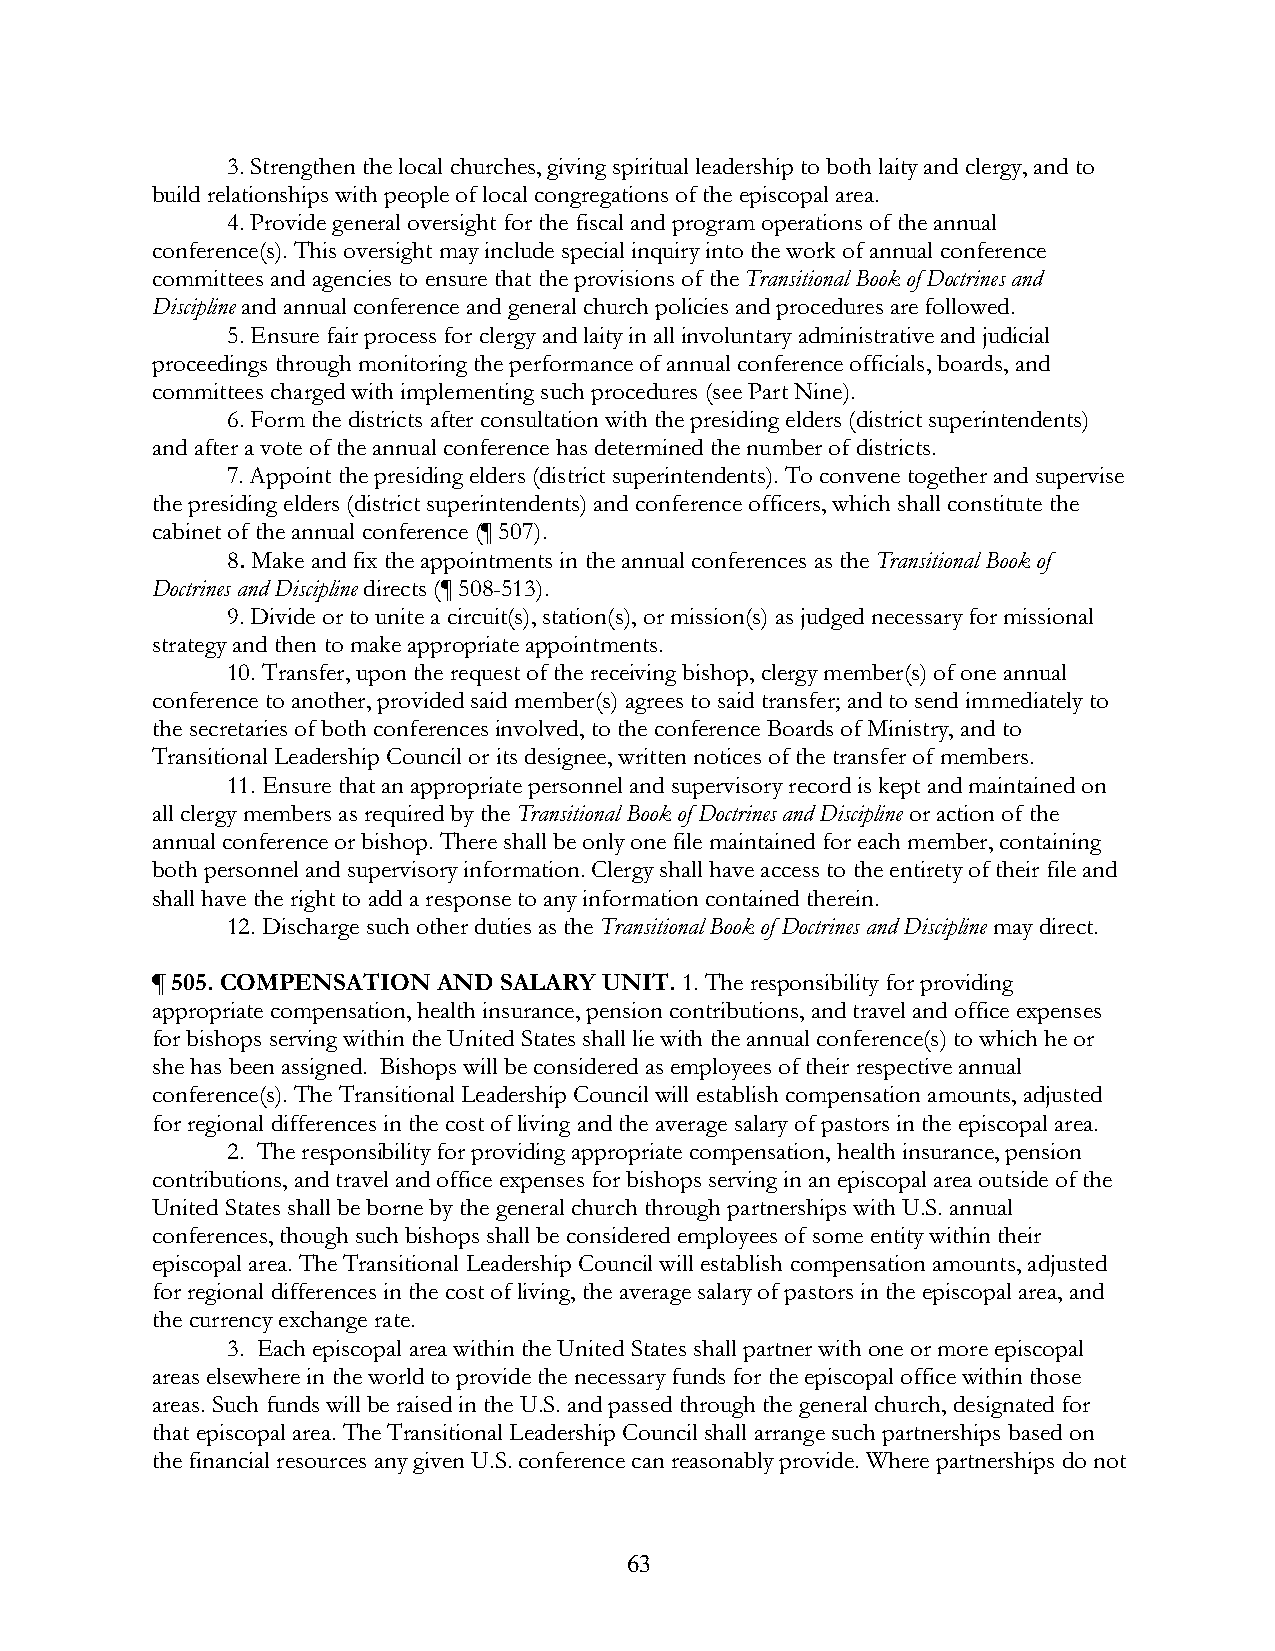
3. Strengthen the local churches, giving spiritual leadership to both laity and clergy, and to
 build relationships with people of local congregations of the episcopal area.
 4. Provide general oversight for the fiscal and program operations of the annual
 conference(s). This oversight may include special inquiry into the work of annual conference
 committees and agencies to ensure that the provisions of the Transitional Book of Doctrines and
 Discipline and annual conference and general church policies and procedures are followed.
 5. Ensure fair process for clergy and laity in all involuntary administrative and judicial
 proceedings through monitoring the performance of annual conference officials, boards, and
 committees charged with implementing such procedures (see Part Nine).
 6. Form the districts after consultation with the presiding elders (district superintendents)
 and after a vote of the annual conference has determined the number of districts.
 7. Appoint the presiding elders (district superintendents). To convene together and supervise
 the presiding elders (district superintendents) and conference officers, which shall constitute the
 cabinet of the annual conference (¶ 507).
 8. Make and fix the appointments in the annual conferences as the Transitional Book of
 Doctrines and Discipline directs (¶ 508-513).
 9. Divide or to unite a circuit(s), station(s), or mission(s) as judged necessary for missional
 strategy and then to make appropriate appointments.
 10. Transfer, upon the request of the receiving bishop, clergy member(s) of one annual
 conference to another, provided said member(s) agrees to said transfer; and to send immediately to
 the secretaries of both conferences involved, to the conference Boards of Ministry, and to
 Transitional Leadership Council or its designee, written notices of the transfer of members.
 11. Ensure that an appropriate personnel and supervisory record is kept and maintained on
 all clergy members as required by the Transitional Book of Doctrines and Discipline or action of the
 annual conference or bishop. There shall be only one file maintained for each member, containing
 both personnel and supervisory information. Clergy shall have access to the entirety of their file and
 shall have the right to add a response to any information contained therein.
 12. Discharge such other duties as the Transitional Book of Doctrines and Discipline may direct.
 ¶ 505. COMPENSATION AND SALARY UNIT. 1. The responsibility for providing
 appropriate compensation, health insurance, pension contributions, and travel and office expenses
 for bishops serving within the United States shall lie with the annual conference(s) to which he or
 she has been assigned. Bishops will be considered as employees of their respective annual
 conference(s). The Transitional Leadership Council will establish compensation amounts, adjusted
 for regional differences in the cost of living and the average salary of pastors in the episcopal area.
 2. The responsibility for providing appropriate compensation, health insurance, pension
 contributions, and travel and office expenses for bishops serving in an episcopal area outside of the
 United States shall be borne by the general church through partnerships with U.S. annual
 conferences, though such bishops shall be considered employees of some entity within their
 episcopal area. The Transitional Leadership Council will establish compensation amounts, adjusted
 for regional differences in the cost of living, the average salary of pastors in the episcopal area, and
 the currency exchange rate.
 3. Each episcopal area within the United States shall partner with one or more episcopal
 areas elsewhere in the world to provide the necessary funds for the episcopal office within those
 areas. Such funds will be raised in the U.S. and passed through the general church, designated for
 that episcopal area. The Transitional Leadership Council shall arrange such partnerships based on
 the financial resources any given U.S. conference can reasonably provide. Where partnerships do not
 63